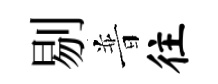
剔普往